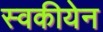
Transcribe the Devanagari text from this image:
स्वकीयेन